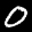
Label: 0